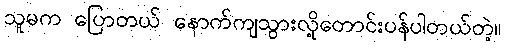
သူမက ပြောတယ် နောက်ကျသွားလို့တောင်းပန်ပါတယ်တဲ့။